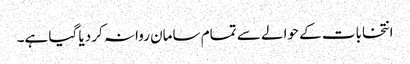
انتخابات کے حوالے سے تمام سامان روانہ کر دیا گیا ہے۔